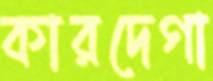
কারদেগা